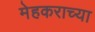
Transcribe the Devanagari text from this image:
मेहकराच्या